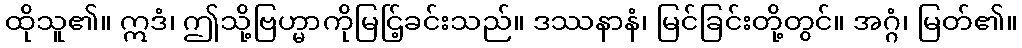
ထိုသူ၏။ ဣဒံ၊ ဤသို့ဗြဟ္မာကိုမြင်ြ့ခင်းသည်။ ဒဿနာနံ၊ မြင်ခြင်းတို့တွင်။ အဂ္ဂံ၊ မြတ်၏။